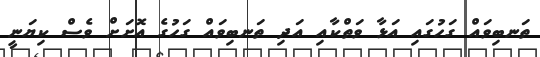
ތަނބިވައް ގަހުގައި އަޅާ ވަތްކާއި އަދި ތަނބިވައް ގަހުގެ އޮށަށް ވެސް ކިޔަނީ